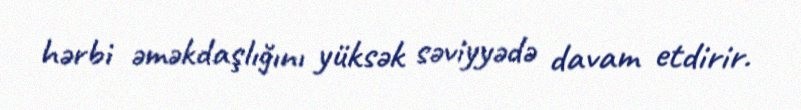
hərbi əməkdaşlığını yüksək səviyyədə davam etdirir.